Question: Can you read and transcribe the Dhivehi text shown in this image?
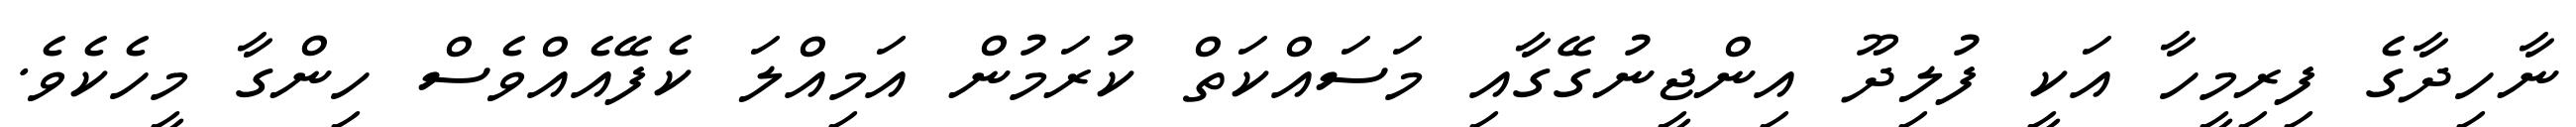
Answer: ނާހިދާގެ ފިރިމީހާ އަކީ ފުލިދޫ އިންޖީނުގޭގާއި މަސައްކަތް ކުރަމުން އަމިއްލަ ކެފޭއެއްވެސް ހިންގާ މީހެކެވެ.